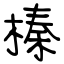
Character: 榛